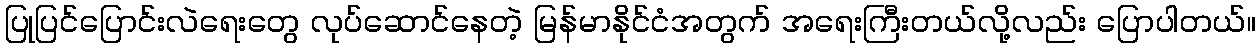
ပြုပြင်ပြောင်းလဲရေးတွေ လုပ်ဆောင်နေတဲ့ မြန်မာနိုင်ငံအတွက် အရေးကြီးတယ်လို့လည်း ပြောပါတယ်။